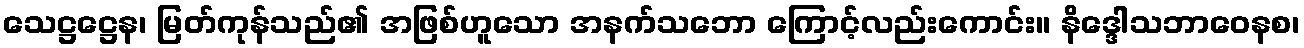
သေဋ္ဌဋ္ဌေန၊ မြတ်ကုန်သည်၏ အဖြစ်ဟူသော အနက်သဘော ကြောင့်လည်းကောင်း။ နိဒ္ဒေါသဘာဝေနစ၊